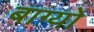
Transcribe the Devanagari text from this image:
बाग्यों